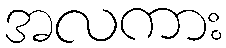
အလကား